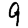
Digit: 9